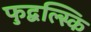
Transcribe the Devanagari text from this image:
फुद्बल्स्कि